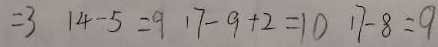
= 3 1 4 - 5 = 9 1 7 - 9 + 2 = 1 0 1 7 - 8 = 9